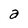
Character: a